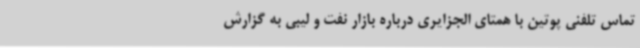
تماس تلفنی پوتین با همتای الجزایری درباره بازار نفت و لیبی به گزارش